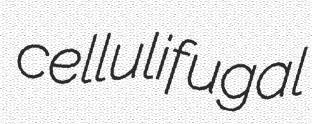
cellulifugal